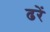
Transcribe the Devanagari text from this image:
ढरें